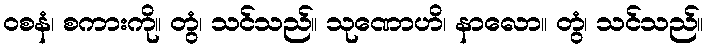
ဝစနံ၊ စကားကို။ တွံ၊ သင်သည်။ သုဏောဟိ၊ နာလော။ တွံ၊ သင်သည်။